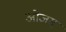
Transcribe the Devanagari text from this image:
ओजस्‌